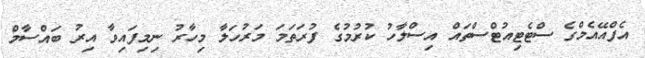
އެފްއޭއެމްގެ ސްޓެޓިއުޓްސްތައް އިސްލާހު ކުރުމުގެ ފުރަތަމަ މަރުހަލާ މިހާރު ނިމިފައިވާ އިރު ބައްސާމް